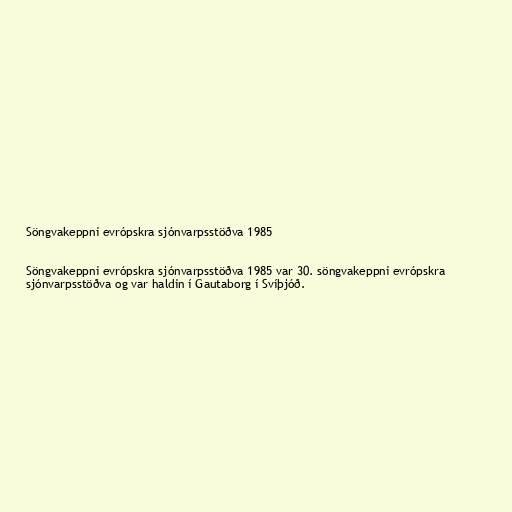
Söngvakeppni evrópskra sjónvarpsstöðva 1985

Söngvakeppni evrópskra sjónvarpsstöðva 1985 var 30. söngvakeppni evrópskra
sjónvarpsstöðva og var haldin í Gautaborg í Svíþjóð.